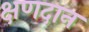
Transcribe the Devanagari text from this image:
क्षणदान